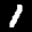
Label: 1